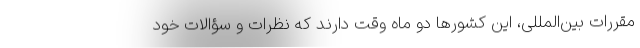
مقررات بین‌المللی، این کشورها دو ماه وقت دارند که نظرات و سؤالات خود